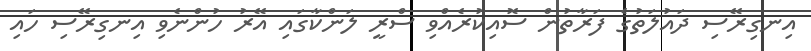
އިނގިރޭސި ދައުލަތުގެ ފަރާތުން ސޮއިކުރެއްވި ސްރީ ލަންކާގައި އޭރު ހުންނެވި އިނގިރޭސި ހައި